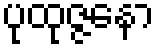
ပုထုဇ္ဇနော